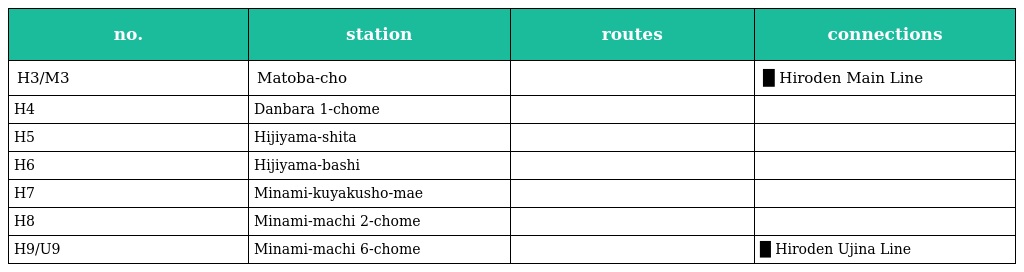
| no. | station | routes | connections |
 | --- | --- | --- | --- |
 | H3/M3 | Matoba-cho |  | █ Hiroden Main Line |
 | H4 | Danbara 1-chome |  |  |
 | H5 | Hijiyama-shita |  |  |
 | H6 | Hijiyama-bashi |  |  |
 | H7 | Minami-kuyakusho-mae |  |  |
 | H8 | Minami-machi 2-chome |  |  |
 | H9/U9 | Minami-machi 6-chome |  | █ Hiroden Ujina Line |